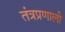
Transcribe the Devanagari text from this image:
तंत्रप्रणाली